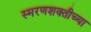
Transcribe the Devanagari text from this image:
स्मरणशक्तीच्या